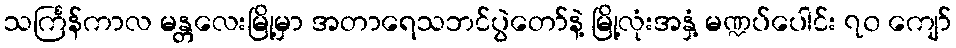
သင်္ကြန်ကာလ မန္တလေးမြို့မှာ အတာရေသဘင်ပွဲတော်နဲ့ မြို့လုံးအနှံ့ မဏ္ဍပ်ပေါင်း ၇၀ ကျော်